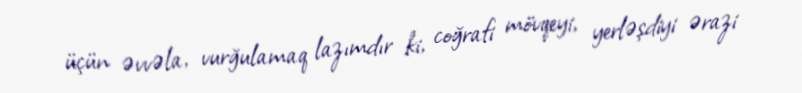
üçün əvvəla, vurğulamaq lazımdır ki, coğrafi mövqeyi, yerləşdiyi ərazi